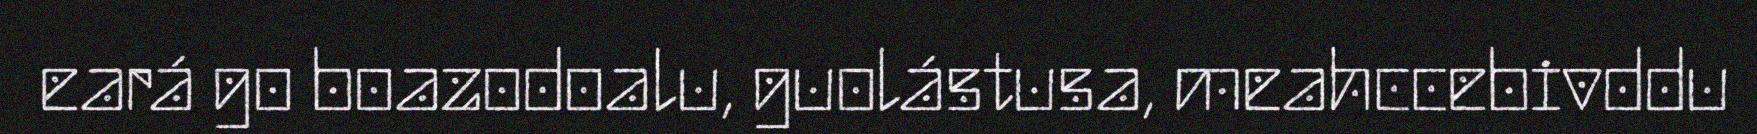
eará go boazodoalu, guolástusa, meahccebivddu